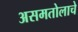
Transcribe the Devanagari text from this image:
असमतोलाचे